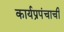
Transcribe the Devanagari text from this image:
कार्यप्रपंचाची